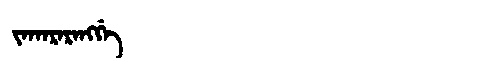
Manchu: ᠵᠠᡴᠠᡵᠠᡵᠠᠩᡤᡝ
Romanization: JAKARARANGGE